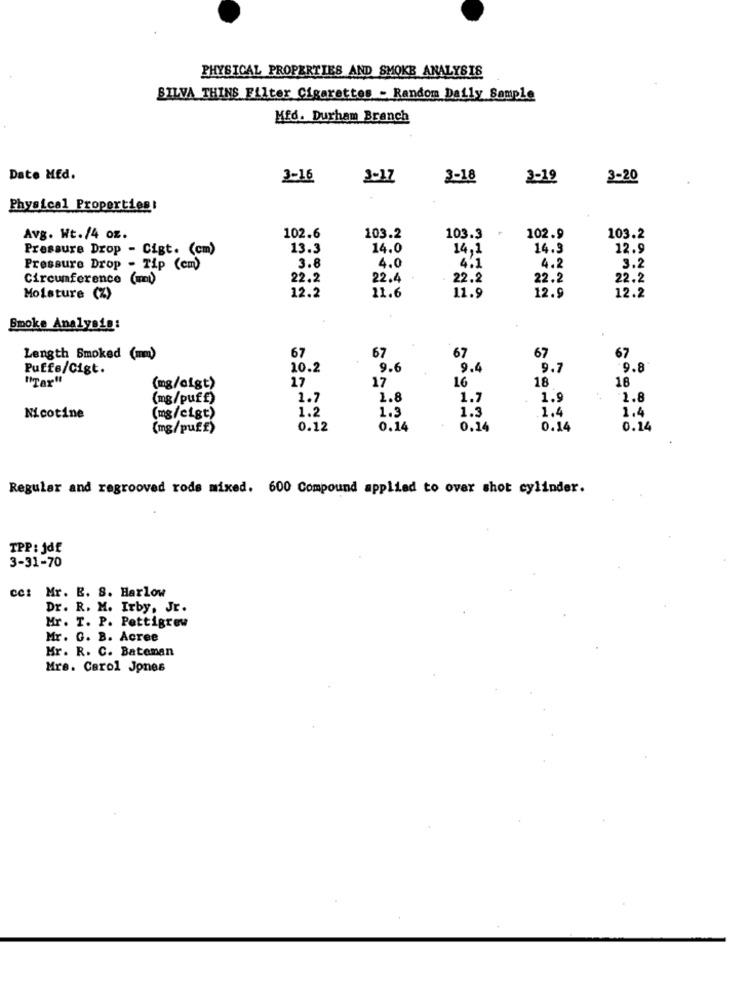
PHYSICAL PROPERTIES AND SMOKE ANALYSIS
SILVA THINS Filter Cigarettes - Random Daily Sample
Hfd. Durham Branch
Date Med.
3-16
3-17
3-18
3-19
3-20
Physical Properties:
Avg. Wt./4 oz.
102.6
103.2
103.3
102.9
103.2
Pressure Drop - Cigt. (cm)
13.3
14.0
14,1
14.3
12.9
3.8
4.0
4.1
Pressure Drop - Tip (cm)
4.2
3.2
Circumference (mi)
22.2
22.4
22.2
22.2
22.2
Moisture (%)
12.2
11.6
11.9
12.9
12.2
Smoke Analysis:
.
Length Smoked (mm)
67
67
67
67
67
Puffe/Cigt.
10.2
9.6
9.4
9.7
9.8
"Tar"
17
17
16
18
18
(mg/cigt)
(mg/puff)
1.7
1.8
1.7
1.9
2.8
1.2
1.3
1.3
1.4
Nicotine
(mg/cigt)
1.4
(mg/puff)
0.12
0.14
0.14
0.14
0.14
Regular and regrooved rods mixed. 600 Compound applied to over shot cylinder.
TPP : jdf
3-31-70
cc: Mr. E. S. Harlow
Dr. R. M. Irby, Jr.
Mr. T. P. Pettigrew
Mr. G. B. Acree
Mr. R. C. Bateman
Mrs. Carol Jones